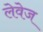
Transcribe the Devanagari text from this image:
लेवेज